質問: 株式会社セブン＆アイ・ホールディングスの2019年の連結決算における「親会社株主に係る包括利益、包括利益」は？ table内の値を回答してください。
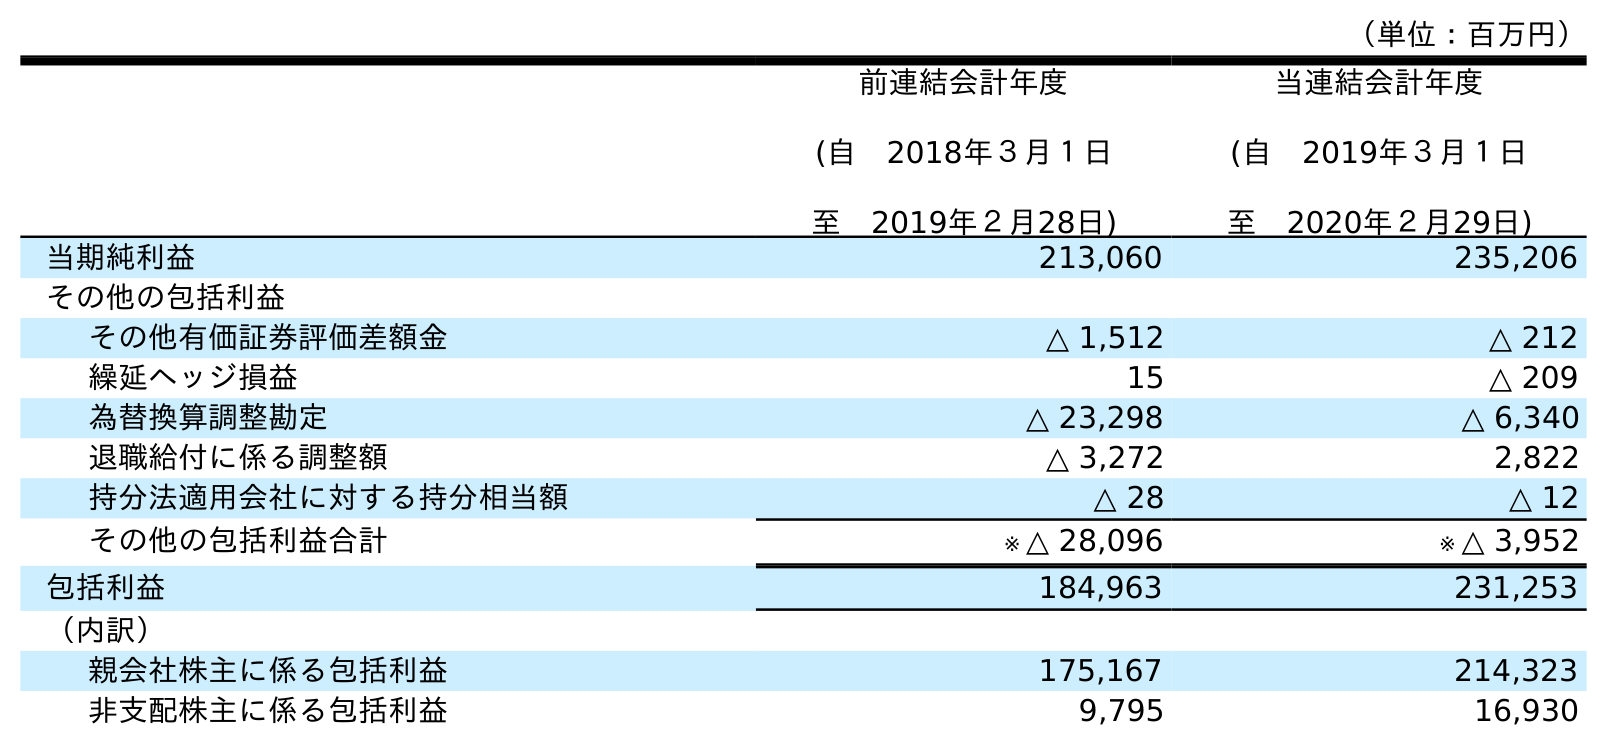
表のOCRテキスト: （単位：百万円） 前連結会計年度 (自 2018年３月１日 至 2019年２月28日) 当連結会計年度 (自 2019年３月１日 至 2020年２月29日) 当期純利益 213,060 235,206 その他の包括利益 その他有価証券評価差額金 △ 1,512 △ 212 繰延ヘッジ損益 15 △ 209 為替換算調整勘定 △ 23,298 △ 6,340 退職給付に係る調整額 △ 3,272 2,822 持分法適用会社に対する持分相当額 △ 28 △ 12 その他の包括利益合計 ※ △ 28,096 ※ △ 3,952 包括利益 184,963 231,253 （内訳） 親会社株主に係る包括利益 175,167 214,323 非支配株主に係る包括利益 9,795 16,930
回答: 175,167